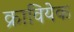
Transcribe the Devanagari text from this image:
क्रावियेक